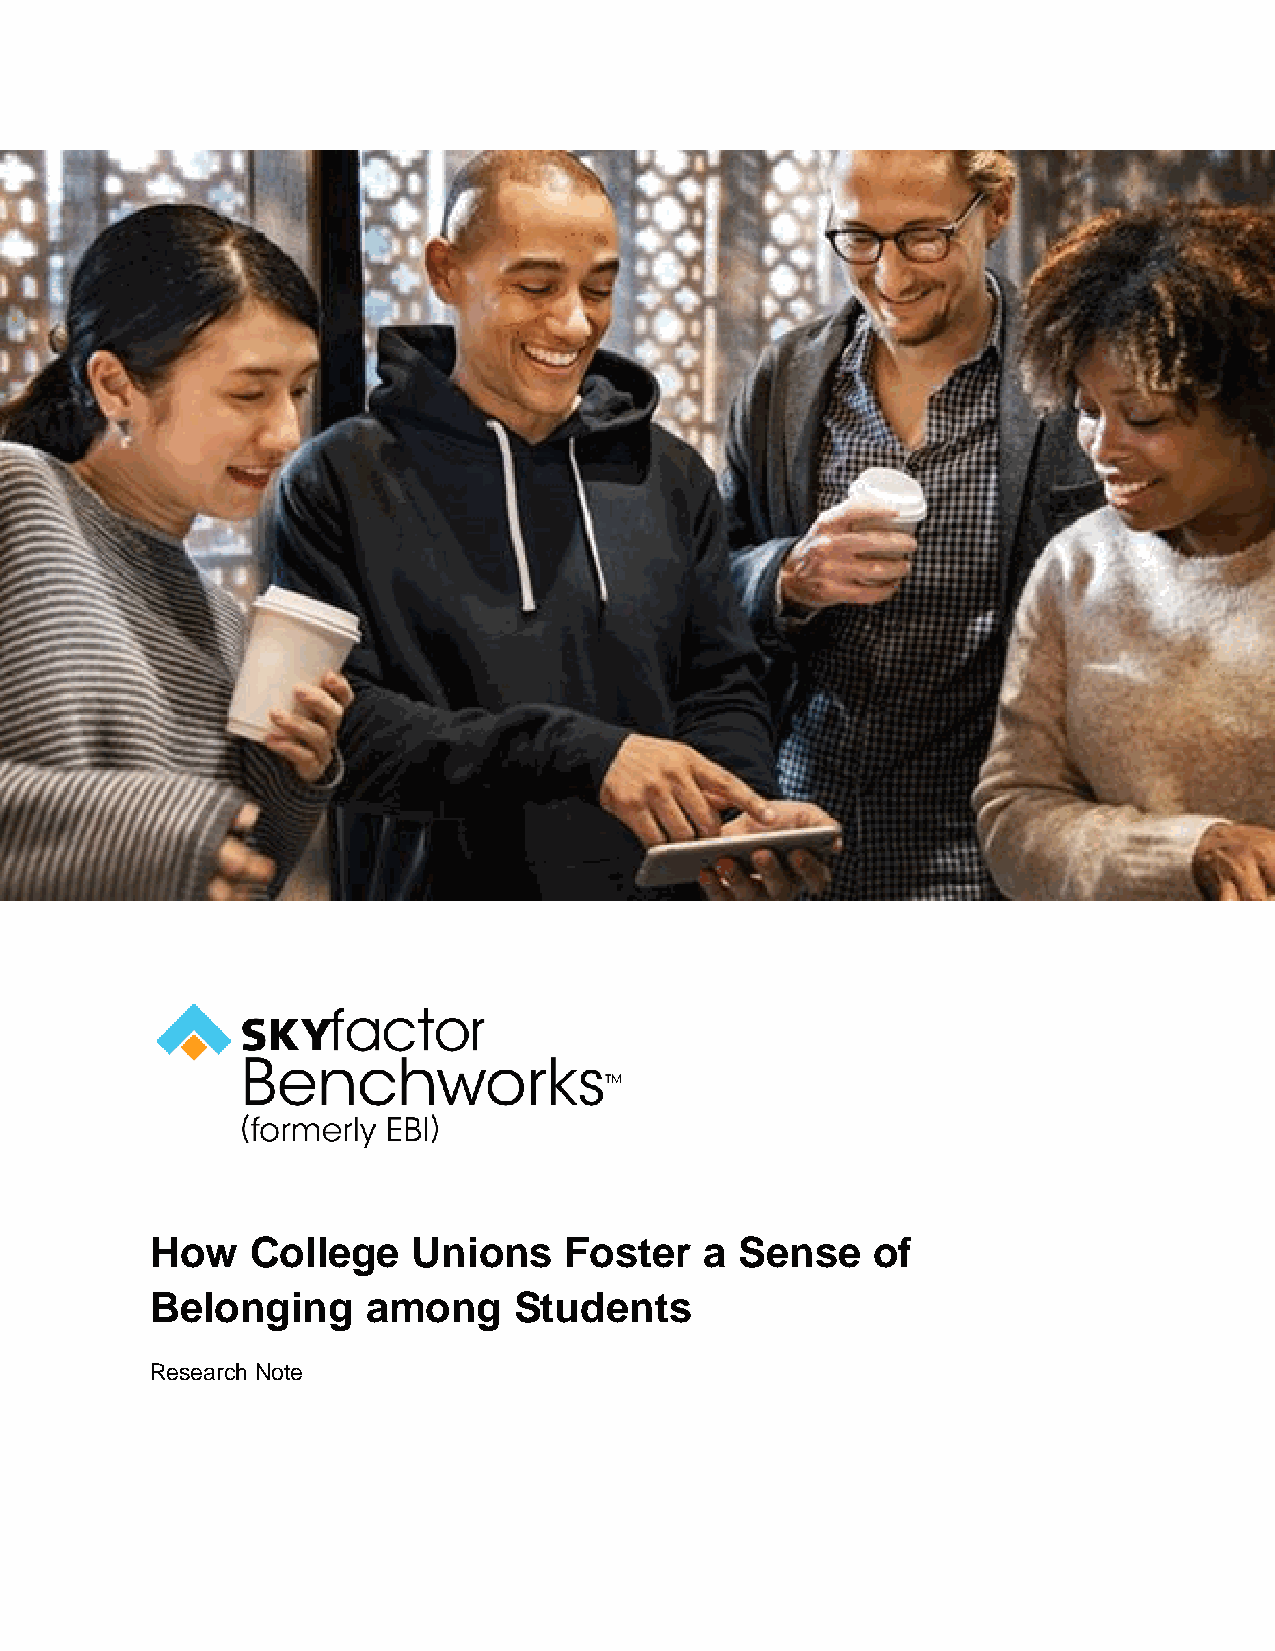
How    College   Unions    Foster    a Sense    of
 Belonging     among     Students
 Research Note